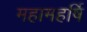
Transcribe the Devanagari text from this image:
महामहर्षि